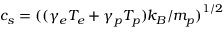
c _ { s } = { ( ( \gamma _ { e } T _ { e } + \gamma _ { p } T _ { p } ) k _ { B } / m _ { p } ) } ^ { 1 / 2 }